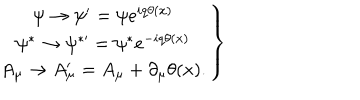
\left. \begin{array} { c } { { \psi \rightarrow \psi ^ { \prime } = \psi e ^ { i q \theta ( x ) } } } \\ { { \psi ^ { \ast } \rightarrow \psi ^ { \ast \prime } = \psi ^ { \ast } e ^ { - i q \theta ( x ) } } } \\ { { A _ { \mu } \rightarrow A _ { \mu } ^ { \prime } = A _ { \mu } + \partial _ { \mu } \theta ( x ) . } } \\ \end{array} \right\}